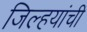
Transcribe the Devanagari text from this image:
जिल्हयांची